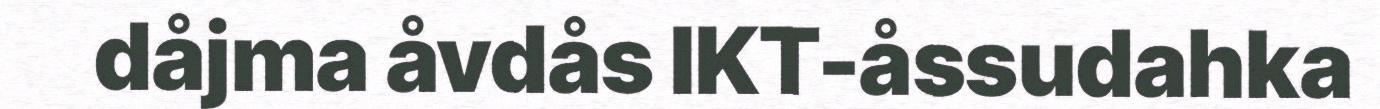
dåjma åvdås IKT-åssudahka